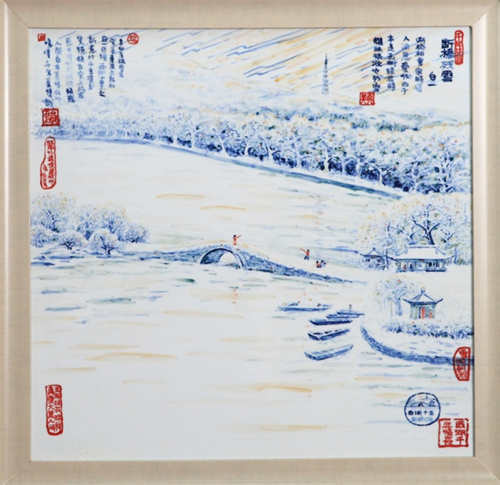
东南第一名州，西湖自古多佳丽。